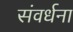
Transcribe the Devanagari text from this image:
संवर्धना